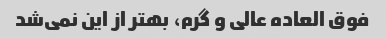
فوق العاده عالی و گرم، بهتر از این نمی‌شد